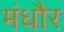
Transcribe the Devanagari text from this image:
मंधौर